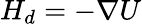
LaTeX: {H}_{d}=-\nabla U